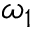
\omega _ { 1 }